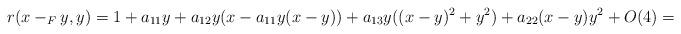
LaTeX: \begin{align*}r(x-_F y,y)=1+a_{11}y+a_{12}y(x-a_{11}y(x-y))+a_{13}y((x-y)^2+y^2)+a_{22}(x-y)y^2+O(4)=\end{align*}